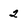
Character: 2